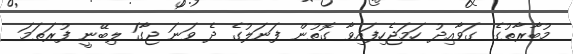
މުބާރާތުގެ ގަވާއިދު ހަމަޖެހިފައިވާ ގޮތުން ފަނަލުގެ ދެ ވަނަ ޖާގަ ލިބޭނީ ފުރަތަމަ